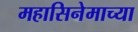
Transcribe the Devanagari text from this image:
महासिनेमाच्या